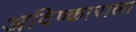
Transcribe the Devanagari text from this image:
अविष्काराला